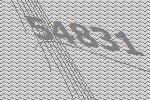
54831